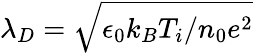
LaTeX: \lambda_{D}=\sqrt{\epsilon_{0}k_{B}T_{i}/n_{0}e^{2}}